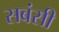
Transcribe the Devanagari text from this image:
सबंसी